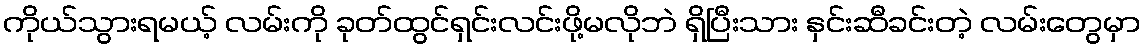
ကိုယ်သွားရမယ့် လမ်းကို ခုတ်ထွင်ရှင်းလင်းဖို့မလိုဘဲ ရှိပြီးသား နှင်းဆီခင်းတဲ့ လမ်းတွေမှာ